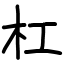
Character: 杠